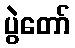
ပွဲတော်